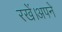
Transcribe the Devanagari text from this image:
रखें।अपने